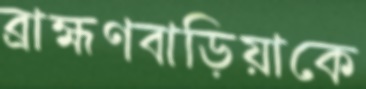
ব্রাহ্মণবাড়িয়াকে